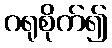
ဂရုစိုက်၍